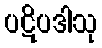
ပဋိပဒါသု